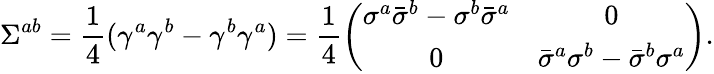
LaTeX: \Sigma^{ab}=\frac{1}{4}(\gamma^{a}\gamma^{b}-\gamma^{b}\gamma^{a})=\frac{1}{4}\left(\begin{array}{cc}{{\sigma^{a}\bar{\sigma}^{b}-\sigma^{b}\bar{\sigma}^{a}}}&{{0}}\\ {{0}}&{{\bar{\sigma}^{a}\sigma^{b}-\bar{\sigma}^{b}\sigma^{a}}}\end{array}\right).